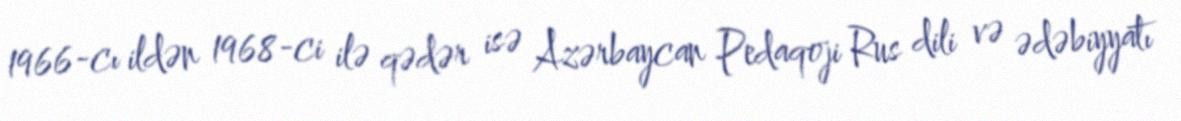
1966-cı ildən 1968-ci ilə qədər isə Azərbaycan Pedaqoji Rus dili və ədəbiyyatı